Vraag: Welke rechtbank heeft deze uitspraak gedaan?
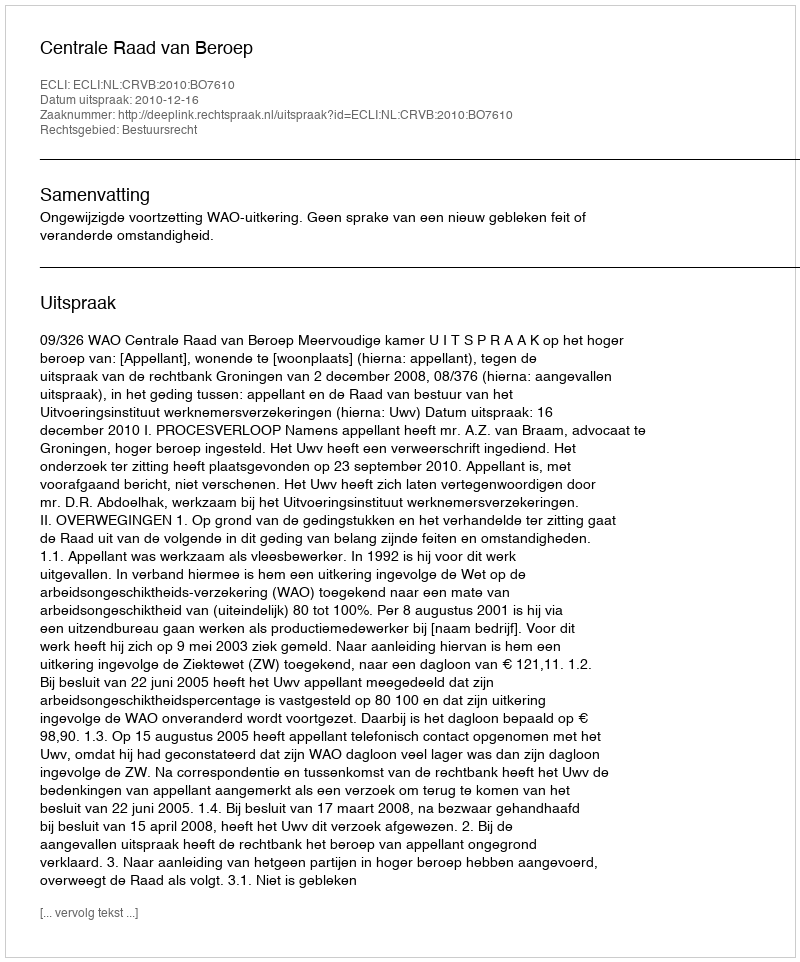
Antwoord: Centrale Raad van Beroep